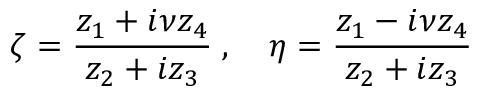
\zeta = \frac { z _ { 1 } + i \nu z _ { 4 } } { z _ { 2 } + i z _ { 3 } } \; , \quad \eta = \frac { z _ { 1 } - i \nu z _ { 4 } } { z _ { 2 } + i z _ { 3 } }